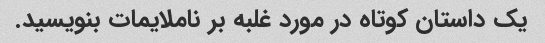
یک داستان کوتاه در مورد غلبه بر ناملایمات بنویسید.